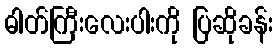
ဓါတ်ကြီးလေးပါးကို ပြဆိုခန်း